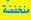
منخقضة